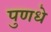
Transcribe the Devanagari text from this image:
पुणधे